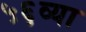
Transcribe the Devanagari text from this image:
५६व्या